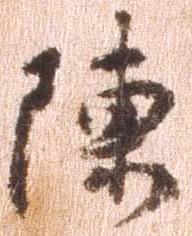
陳